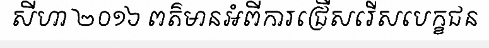
សីហា ២០១៦ ពត៌មានអំពីការជ្រើសរើសបេក្ខជន